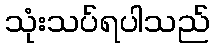
သုံးသပ်ရပါသည်